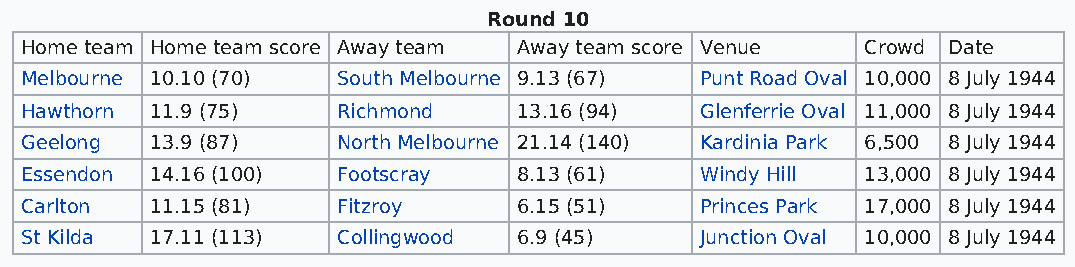
Round 10
 Home team Home team score Away team Away team score Venue Crowd Date
 Melbourne 10.10 (70) South Melbourne 9.13 (67) Punt Road Oval 10,000 8 July 1944
 Hawthorn 11.9 (75)   Richmond    13.16 (94)  Glenferrie Oval 11,000 8 July 1944
 Geelong  13.9 (87)   North Melbourne 21.14 (140) Kardinia Park 6,500 8 July 1944
 Essendon 14.16 (100) Footscray   8.13 (61)   Windy Hill 13,000 8 July 1944
 Carlton  11.15 (81)  Fitzroy     6.15 (51)   Princes Park 17,000 8 July 1944
 St Kilda 17.11 (113) Collingwood 6.9 (45)    Junction Oval 10,000 8 July 1944